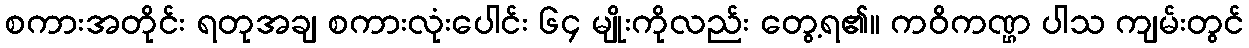
စကားအတိုင်း ရတုအချ စကားလုံးပေါင်း ၆၄ မျိုးကိုလည်း တွေ့ရ၏။ ကဝိကဏ္ဌ ပါသ ကျမ်းတွင်